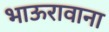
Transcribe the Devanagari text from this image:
भाऊरावाना